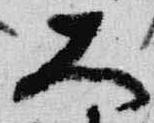
大